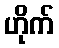
ဟိုက်